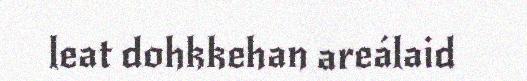
leat dohkkehan areálaid